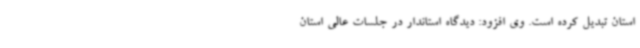
استان تبدیل کرده است. وی افزود: دیدگاه استاندار در جلسات عالی استان